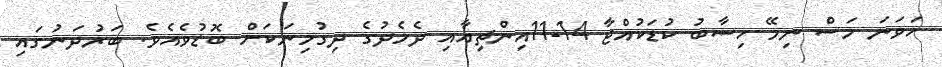
ހަވަނަ މަސް ނިމޭ ހިސާބު ކުޑަކުއްޖާ 14-11އިންޗިއާއި ދެމެދުގެ ދިގުމިނަކަށް ބޮޑުވެއެވެ. ބަރުދަނުގައި